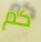
كم